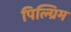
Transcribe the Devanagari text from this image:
पिल्ग्रिम